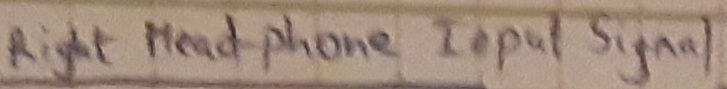
Text: left head-phone Input signal